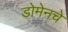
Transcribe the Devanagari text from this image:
डोमेनचे